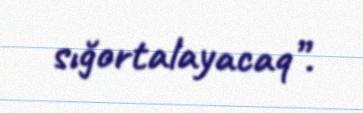
sığortalayacaq”.